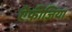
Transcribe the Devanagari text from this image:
ऐफ़ीज़िया